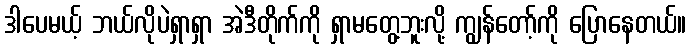
ဒါပေမယ့် ဘယ်လိုပဲရှာရှာ အဲဒီတိုက်ကို ရှာမတွေ့ဘူးလို့ ကျွန်တော့်ကို ပြောနေတယ်။